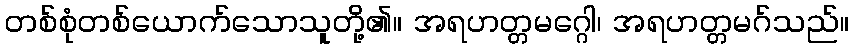
တစ်စုံတစ်ယောက်သောသူတို့၏။ အရဟတ္တမဂ္ဂေါ၊ အရဟတ္တမဂ်သည်။